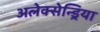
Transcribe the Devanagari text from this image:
अलेक्सेन्ड्रिया